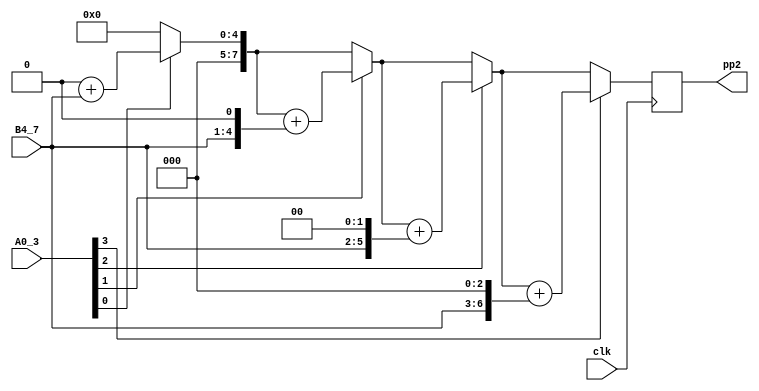
module multi_4_4_pp2(
input clk,
//input clr,
input [3:0] A0_3,
input [3:0] B4_7,
output reg [7:0] pp2
);

reg [7:0] pv;
reg [7:0] bp;  
integer i;

always @(posedge clk)// or posedge clr)
	begin
		pv = 8'b00000000;
		bp = {4'b0000,B4_7};
		for (i = 0; i<=3; i=i+1)
			begin
				if (A0_3[i] == 1)
				pv = pv+bp;
				bp={bp[6:0], 1'b0};
			end
		pp2=pv;
	end
	

endmodule